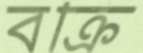
বক্রি